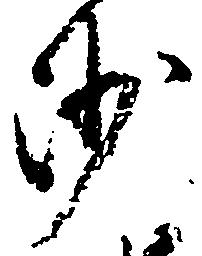
沙